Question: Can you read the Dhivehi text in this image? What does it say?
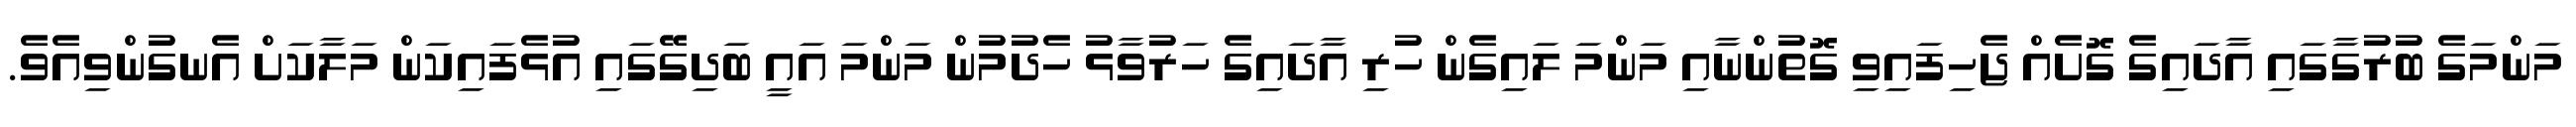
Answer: މަންމަގެ ބުރުގާގައި އާދައިގެ ގޮށެއް ޖެހިފައިވި ގޮތުންނާއި މަންމަ ލައިގެން ހުރި އާދައިގެ ހަރުވާޅު ހެދުމުން މަންމަ އައީ ބަދިގޭގައި އުޅެފައިކަން މަލާކަށް އެނގުންވިއެވެ.